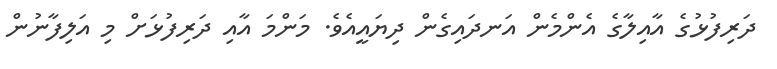
ދަރިފުޅުގެ އާއިލާގެ އެންމެން އަނދައިގެން ދިޔައީއެވެ. މަންމަ އާއި ދަރިފުޅަށް މި އަލިފާނުން